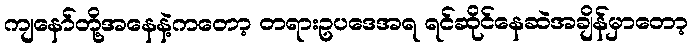
ကျနော်တို့အနေနဲ့ကတော့ တရားဥပဒေအရ ရင်ဆိုင်နေဆဲအချိန်မှာတော့